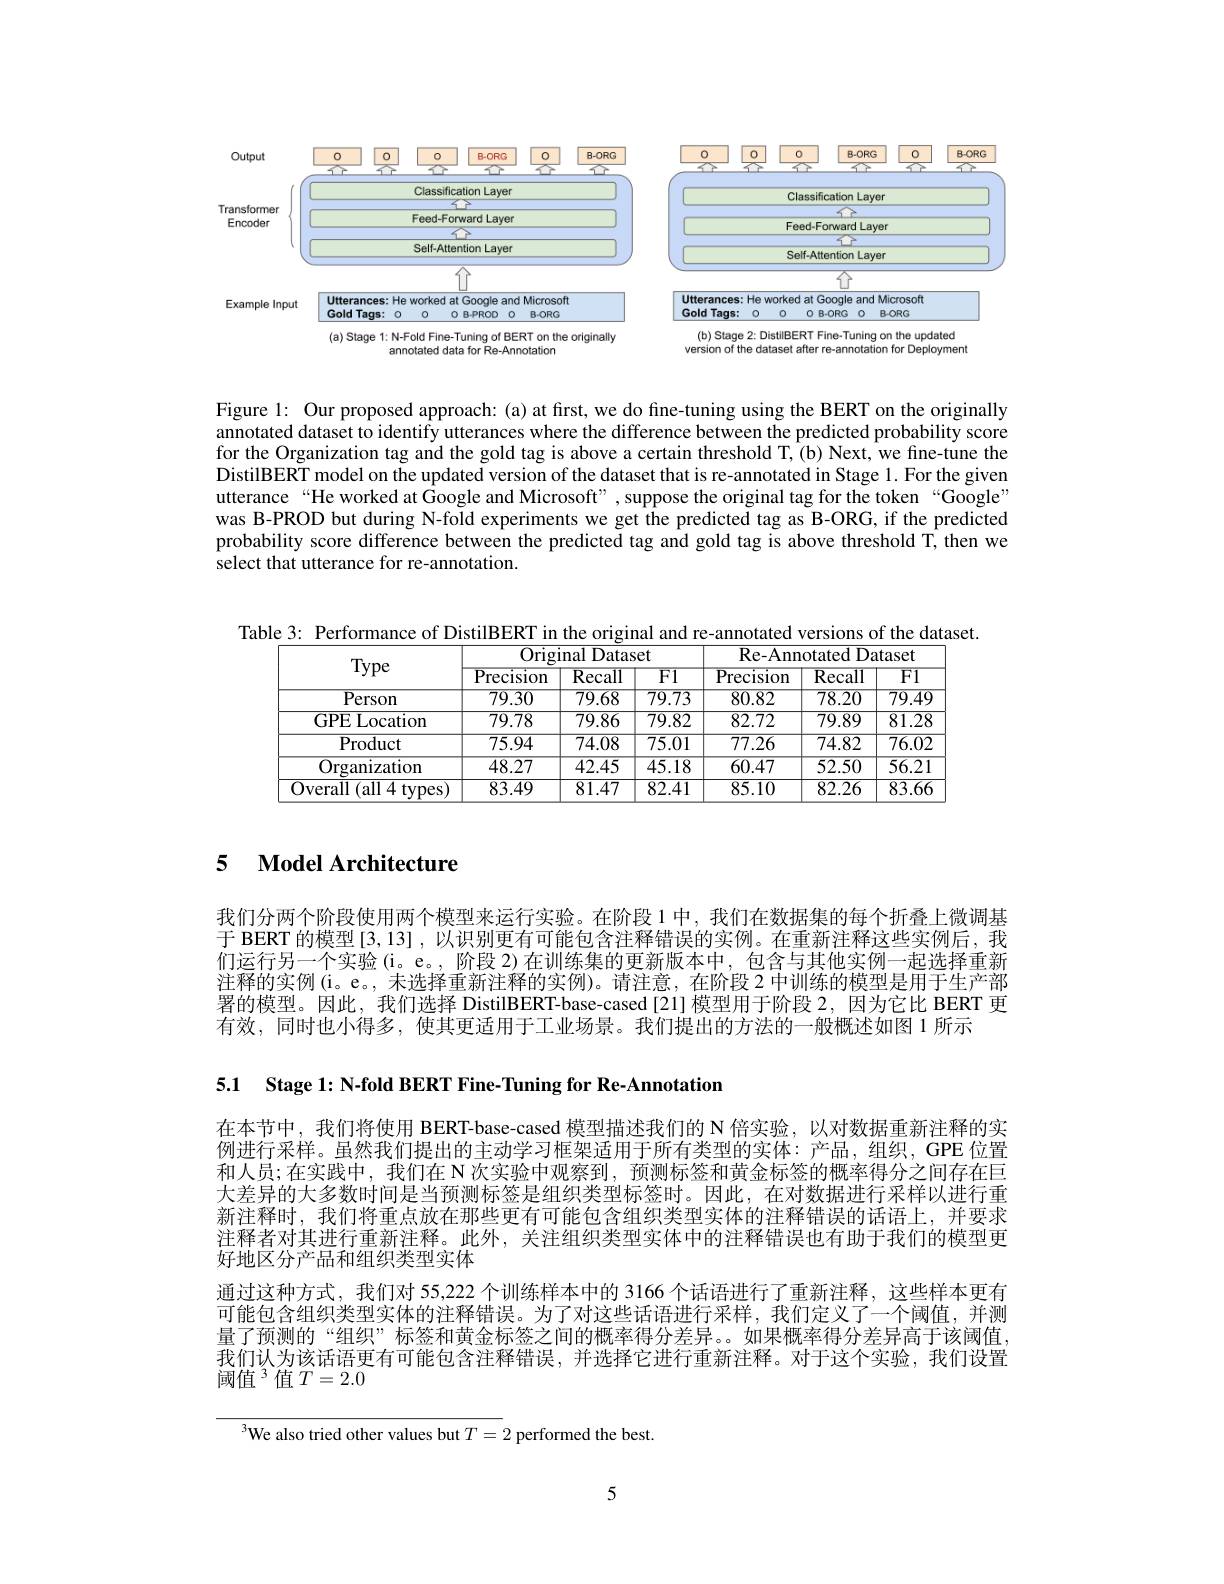
<FigureHere>
$\begin{array}{c}\mathrm{(b)~Stage~2:~DistilBERT~Fine-Tuning~on~the~updated}\\\mathrm{version~of~the~dataset~after~re-annotation~for~Deployment}\end{array}$

<FigureHere>
$\begin{array}{c}{(\mathrm{a)Stage~1:~N-Fold~Fine-Tuning~of~BERT~on~the~originally}}\\{\mathrm{annotated~data~for~Re-Annotation}}\end{array}$

Figure 1: Our proposed approach: (a) at first, we do fine-tuning using the BERT on the originally annotated dataset to identify utterances where the difference between the predicted probability score for the Organization tag and the gold tag is above a certain threshold T, (b) Next, we fine-tune the DistilBERT model on the updated version of the dataset that is re-annotated in Stage 1. For the given utterance“He worked at Google and Microsoft”, suppose the original tag for the token“Google” was B-PROD but during N-fold experiments we get the predicted tag as B-ORG, if the predicted probability score difference between the predicted tag and gold tag is above threshold T, then we select that utterance for re-annotation.

Table 3: Performance of DistilBERT in the original and re-annotated versions of the dataset
<table>
	<tbody>
		<tr>
			<th rowspan="2">Type</th>
			<th colspan="3">Original Dataset</th>
			<th colspan="3">Re- Annotated Dataset</th>
		</tr>
		<tr>
			<th>$\overline{{\mathrm{Precision}}}$</th>
			<th>${\mathrm{Recall}}$</th>
			<th>$\overline{F1}$</th>
			<th>Precision</th>
			<th>${\mathrm{Recall}}$</th>
			<th>$\overline{\mathrm{FI}}$</th>
		</tr>
		<tr>
			<td>${\mathrm{Person}}$</td>
			<td>79.30</td>
			<td>79.68</td>
			<td>79.73</td>
			<td>80.82</td>
			<td>78.20</td>
			<td>$\overline{79.4\zeta}$</td>
		</tr>
		<tr>
			<td>GPE Location</td>
			<td>79.78</td>
			<td>79.86</td>
			<td>79.82</td>
			<td>82.72</td>
			<td>79.89</td>
			<td>$\overline{81.28}$</td>
		</tr>
		<tr>
			<td>Product</td>
			<td>75.94</td>
			<td>$\overline{74.08}$</td>
			<td>$\overline{75.01}$</td>
			<td>$\overline{77.26}$</td>
			<td>74.82</td>
			<td>$\overline{76.0.}$</td>
		</tr>
		<tr>
			<td>Organization</td>
			<td>48.27</td>
			<td>$\overline{42.45}$</td>
			<td>45.18</td>
			<td>60.47</td>
			<td>52.50</td>
			<td>$\overline{56.21}$</td>
		</tr>
		<tr>
			<td>Overall (all 4 types</td>
			<td>83.49</td>
			<td>81.47</td>
			<td>82.41</td>
			<td>85.10</td>
			<td>82.26</td>
			<td>$\overline{83.6\epsilon}$</td>
		</tr>
	</tbody>
</table>

## 5 $\textbf{Model Architecture}$

我们分两个阶段使用两个模型来运行实验。在阶段 1 中，我们在数据集的每个折叠上微调基于 BERT 的模型[3,13] ,以识别更有可能包含注释错误的实例。在重新注释这些实例后，我们运行另一个实验(i。e。, 阶段 2)在训练集的更新版本中，包含与其他实例一起选择重新注释的实例(i。e。, 未选择重新注释的实例)。请注意，在阶段 2 中训练的模型是用于生产部署的模型。因此，我们选择 DistilBERT-base-cased [21] 模型用于阶段 2,因为它比 BERT 更有效，同时也小得多，使其更适用于工业场景。我们提出的方法的一般概述如图 1 所示

5.1 Stage 1: N-fold BERT Fine-Tuning for Re-Annotation

在本节中，我们将使用 BERT-base-cased 模型描述我们的 N 倍实验，以对数据重新注释的实例进行采样。虽然我们提出的主动学习框架适用于所有类型的实体：产品，组织，GPE 位置和人员；在实践中，我们在 N 次实验中观察到，预测标签和黄金标签的概率得分之间存在巨大差异的大多数时间是当预测标签是组织类型标签时。因此，在对数据进行采样以进行重新注释时，我们将重点放在那些更有可能包含组织类型实体的注释错误的话语上，并要求注释者对其进行重新注释。此外，关注组织类型实体中的注释错误也有助于我们的模型更好地区分产品和组织类型实体
通过这种方式，我们对 55,222 个训练样本中的 3166 个话语进行了重新注释，这些样本更有可能包含组织类型实体的注释错误。为了对这些话语进行采样，我们定义了一个阈值，并测量了预测的“组织”标签和黄金标签之间的概率得分差异。如果概率得分差异高于该阈值我们认为该话语更有可能包含注释错误，并选择它进行重新注释。对于这个实验，我们设置阈值 3 值$T=2.0$

$^{3}$We also tried other values but $T=2$ performed the best

5